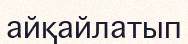
айқайлатып